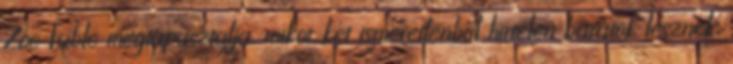
Zoe Fable megtapasztalja, mikor két ismeretlenből hirtelen barátok lesznek.